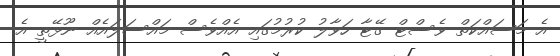
އެ މަސައްކަތް ވެސްޓް ގޭޓާ ހަވާލު ކުރުމުގައި އެއްވެސް މައްސަލައެއް ނޫޅޭތީ އެ